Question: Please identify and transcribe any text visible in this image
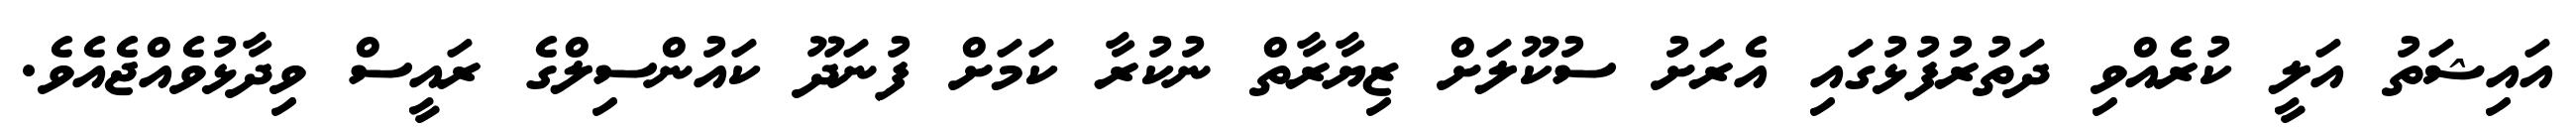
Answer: އައިޝަތު އަލީ ކުރެއްވި ދަތުރުފުޅުގައި އެރަށު ސުކޫލަށް ޒިޔާރާތް ނުކުރާ ކަމަށް ފުނަދޫ ކައުންސިލްގެ ރައީސް ވިދާޅުވެއްޖެއެވެ.